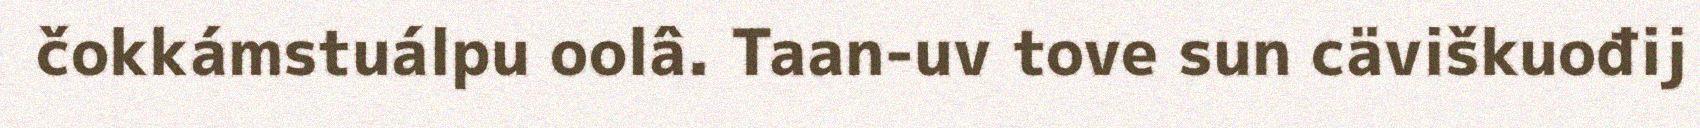
čokkámstuálpu oolâ. Taan-uv tove sun cäviškuođij